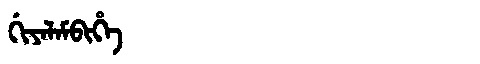
Manchu: ᡤᡳᠶᠠᠯᠠᠮᠪᡳᡥᡝ
Romanization: GIYALAMBIHE